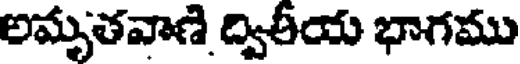
అమృతవాణి ద్వితీయ భాగము